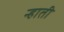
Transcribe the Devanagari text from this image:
न्हाती